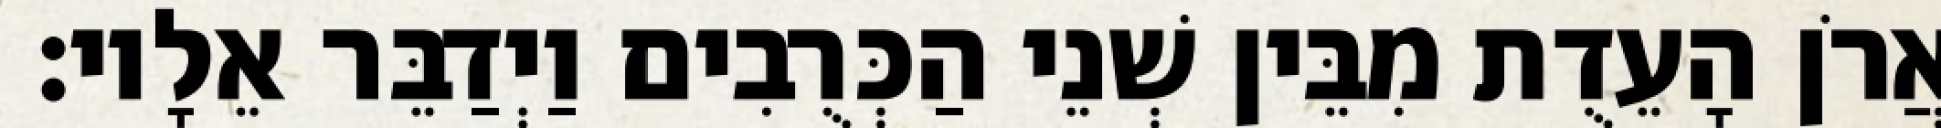
אֲרֹן הָעֵדֻת מִבֵּין שְׁנֵי הַכְּרֻבִים וַיְדַבֵּר אֵלָיו׃